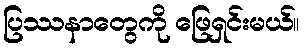
ပြဿနာတွေကို ဖြေရှင်းမယ်။